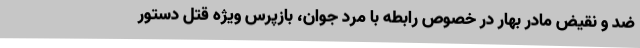
ضد و نقیض مادر بهار در خصوص رابطه با مرد جوان، بازپرس ویژه قتل دستور